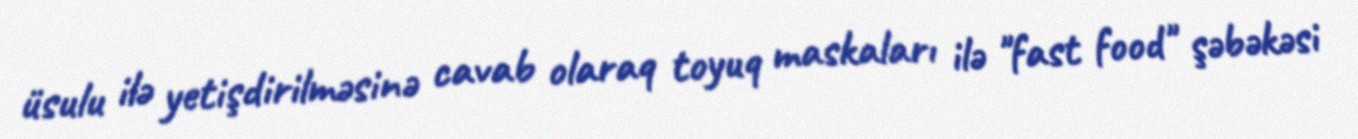
üsulu ilə yetişdirilməsinə cavab olaraq toyuq maskaları ilə "fast food" şəbəkəsi